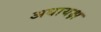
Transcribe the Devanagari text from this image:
अधायक्ष